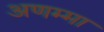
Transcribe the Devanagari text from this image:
अणम्मा